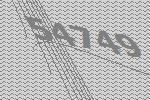
54749